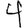
Digit: 4